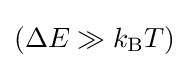
{\textstyle (\Delta E\gg k_{\rm {B}}T)}